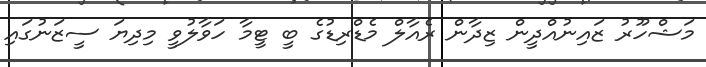
މަޝްހޫރު ޒައިނުއްދީން ޒިދާން ރެއާލް މެޑްރިޑުގެ ބީ ޓީމާ ހަވާލުވީ މިދިޔަ ސީޒަނުގައި